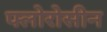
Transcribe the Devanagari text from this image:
फ्लोरोसीन